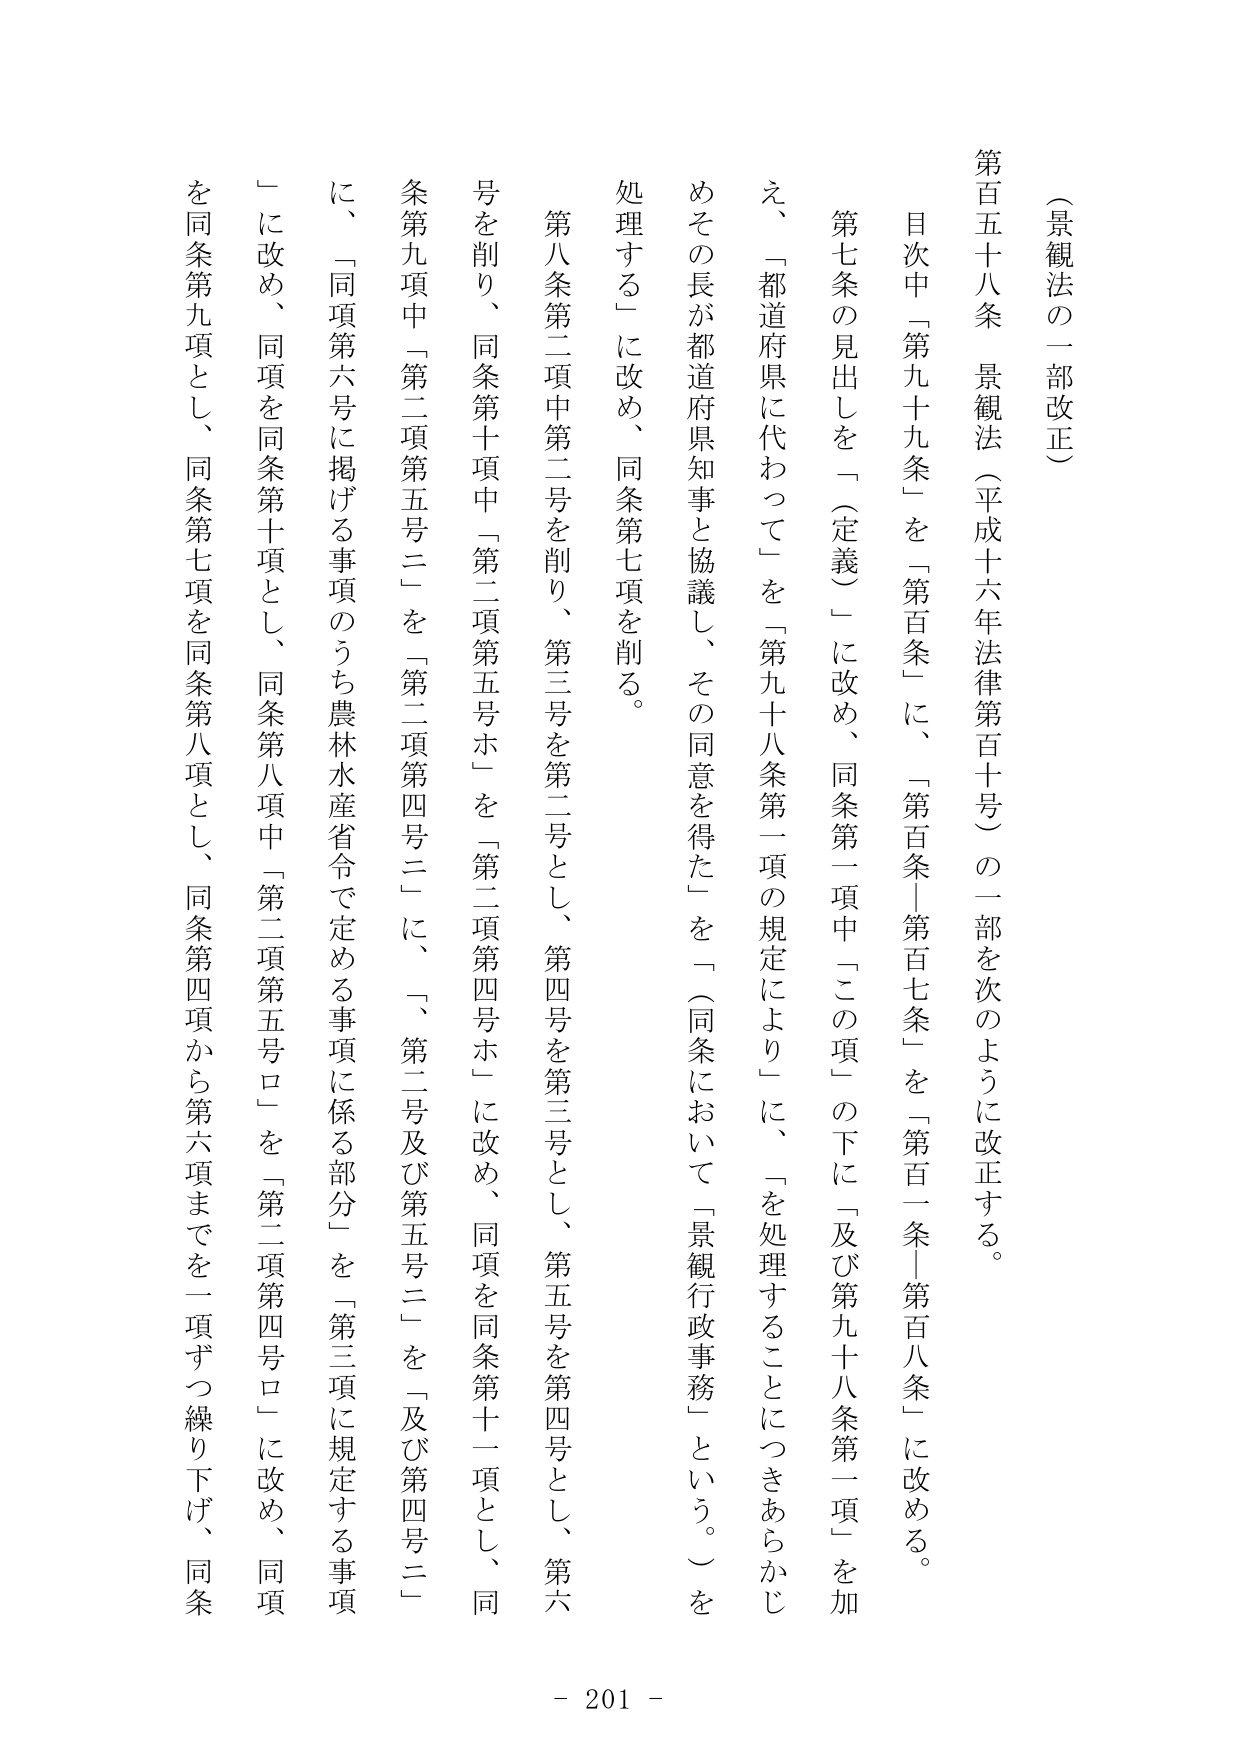
（景観法の一部改正）

第百五十八条 景観法（平成十六年法律第百十号）の一部を次のように改正する。

目次中「第九十九条」を「第百条」に、「第百条｜第百七条」を「第百一条｜第百八条」に改める。

第七条の見出しを「（定義）」に改め、同条第一項中「この項」の下に「及び第九十八条第一項」を加え、「都道府県に代わって」を「第九十八条第一項の規定により」に、「を処理することにつきあらかじめその長が都道府県知事と協議し、その同意を得た」を「（同条において「景観行政事務」という。）を処理する」に改め、同条第七項を削る。

第八条第二項中第二号を削り、第三号を第二号とし、第四号を第三号とし、第五号を第四号とし、第六号を削り、同条第十項中「第二項第五号ニ」を「第二項第四号ホ」に改め、同項を同条第十一項とし、同条第九項中「第二項第五号ニ」を「第二項第四号ニ」に、「第二号及び第五号ニ」を「及び第四号ニ」に、「同項第六号に掲げる事項のうち農林水産省令で定める事項に係る部分」を「第三項に規定する事項」に改め、同項を同条第十項とし、同条第八項中「第二項第五号ロ」を「第二項第四号ロ」に改め、同項を同条第九項とし、同条第七項を同条第八項とし、同条第四項から第六項までを一項ずつ繰り下げ、同条

- 201 -